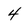
Character: 4